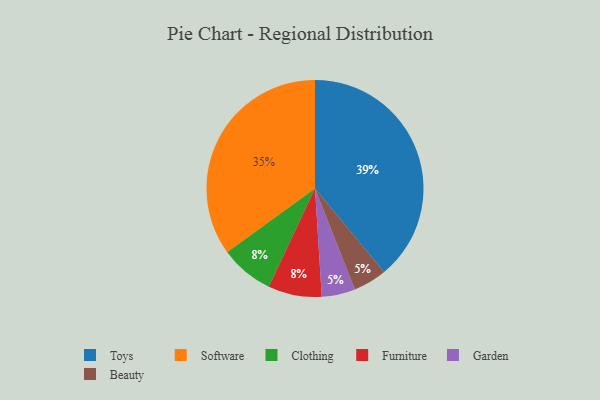
{"axis": {"x": "Category", "y": "Percentage"}, "legend": ["Beauty", "Clothing", "Furniture", "Garden", "Software", "Toys"], "data": [{"x": "Clothing", "y": 8, "type": "Clothing"}, {"x": "Furniture", "y": 8, "type": "Furniture"}, {"x": "Software", "y": 35, "type": "Software"}, {"x": "Toys", "y": 39, "type": "Toys"}, {"x": "Garden", "y": 5, "type": "Garden"}, {"x": "Beauty", "y": 5, "type": "Beauty"}]}